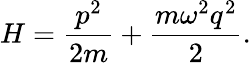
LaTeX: H={\frac{p^{2}}{2m}}+{\frac{m\omega^{2}q^{2}}{2}}.